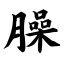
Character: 臊